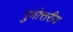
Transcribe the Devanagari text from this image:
गुणोत्तरीय